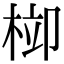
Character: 𣒂